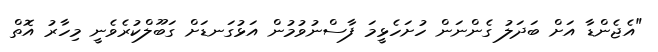
"އެޖެންޑާ އަށް ބަދަލު ގެންނަން ހުށަހެޅީމަ ފާސްނުވުމުން އަޅުގަނޑަށް ގަބޫލްކުރެވެނީ މިހާރު އޮތް